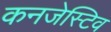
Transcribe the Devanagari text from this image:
कनजेस्टिव